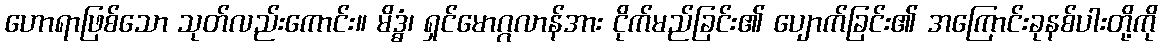
ဟောရာဖြစ်သော သုတ်လည်းကောင်း။ မိဒ္ဓံ၊ ရှင်မောဂ္ဂလာန်အား ငိုက်မည်ခြင်း၏ ပျောက်ခြင်း၏ အကြောင်းခုနစ်ပါးတို့ကို